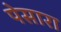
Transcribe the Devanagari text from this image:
पेसारा